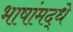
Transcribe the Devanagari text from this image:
भाषांमद्धे